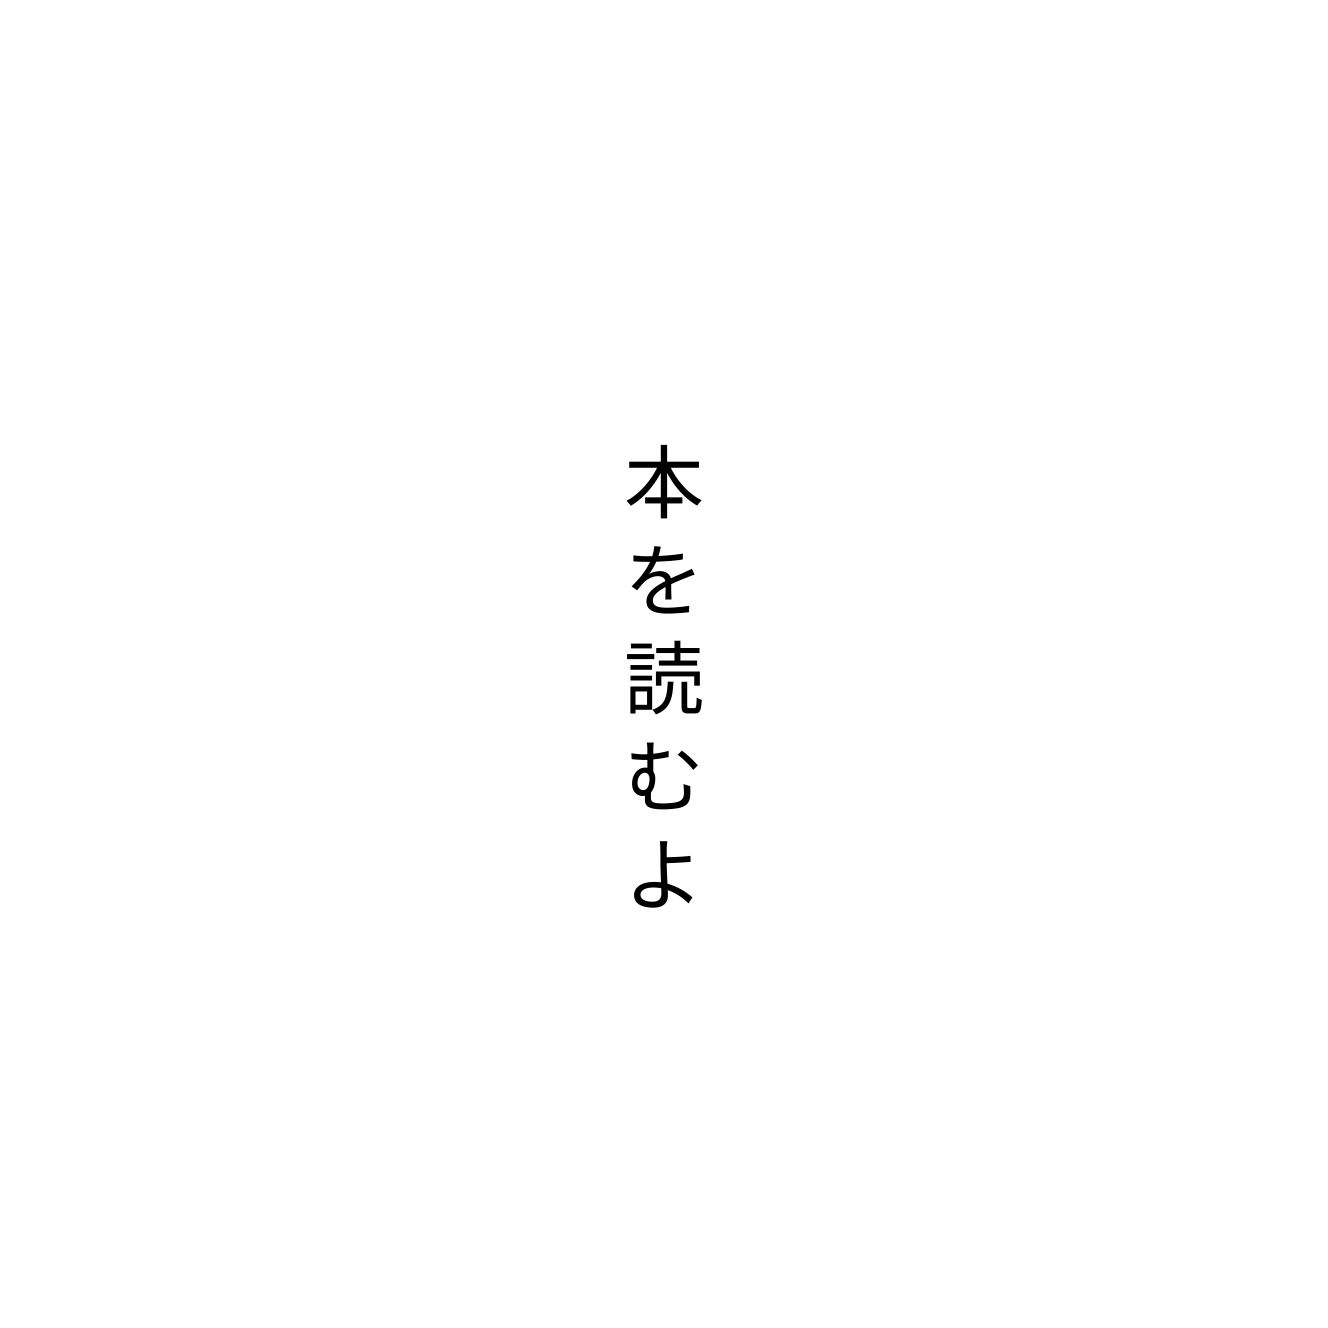
本を読むよ